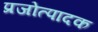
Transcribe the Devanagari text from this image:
प्रजोत्पादक